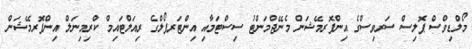
މޯލްޑިވްސް ޕޮލިސް ސަރވިސްގެ އިންފޮރމޭޝަން މެނޭޖްމަންޓު ސިސްޓަމާއި އިންޓަރޕޯލްގެ ރިއަލްޓައިމް ކްރިމިނަލް އިންފޮރމޭޝަން